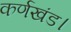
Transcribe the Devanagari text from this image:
कर्णखंड।